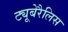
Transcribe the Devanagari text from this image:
ट्यूबेरैलिस